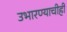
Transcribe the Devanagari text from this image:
उभारण्याचीही